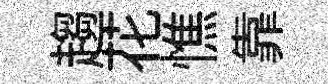
趨花憔靠